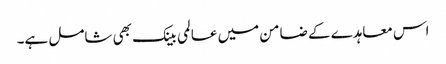
اس معاہدے کے ضامن میں عالمی بینک بھی شامل ہے۔